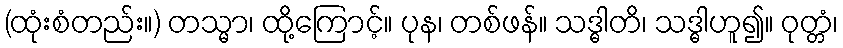
(ထုံးစံတည်း။) တသ္မာ၊ ထို့ကြောင့်။ ပုန၊ တစ်ဖန်။ သဒ္ဓါတိ၊ သဒ္ဓါဟူ၍။ ဝုတ္တံ၊